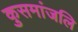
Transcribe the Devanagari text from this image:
कुसमांजलि